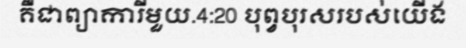
គឺជាព្យាការីមួយ.4:20 បុព្វបុរសរបស់យើង